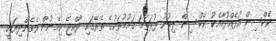
ވެކްސިން އުފެއްދުމާއެކު ވެކްސިން ލިބުނު ފުރަތަމަ ގައުމުތަކުގެ ތެރޭގައި ރާއްޖެ ހިމެނުން ވެގެންދިޔައީ